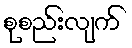
စုစည်းလျက်